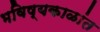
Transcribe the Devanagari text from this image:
भविष्यकाळांत